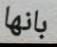
بانها